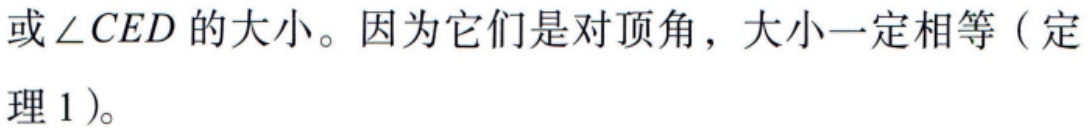
或$\angle CED$的大小。因为它们是对顶角，大小一定相等（定理 1）。